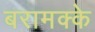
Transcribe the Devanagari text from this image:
बरामक्के